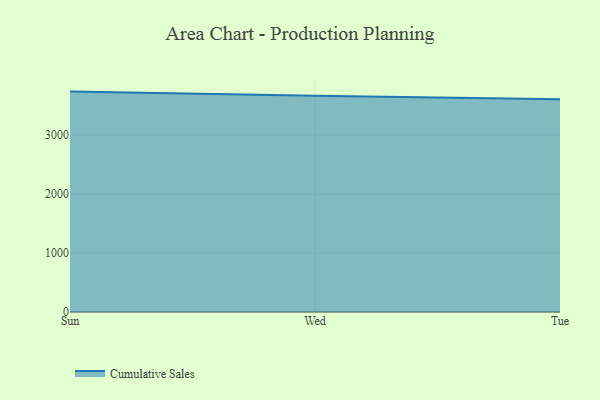
{"axis": {"x": "Day", "y": "Headcount"}, "legend": ["Cumulative Sales"], "data": [{"x": "Sun", "y": 3740.2, "type": "Cumulative Sales"}, {"x": "Wed", "y": 3667.7, "type": "Cumulative Sales"}, {"x": "Tue", "y": 3609.3, "type": "Cumulative Sales"}]}